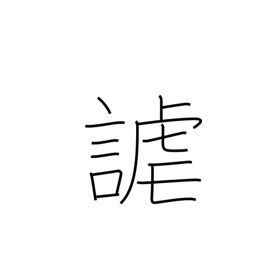
Meaning: sport with